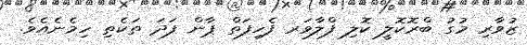
ޒުވާރި މުގު ބްރޮކޮލީ ކޮލި ފްލާވަރ ފެހިފަތް ޕާން ފަދަ ތަކެތި ހިމެނެއެވެ.